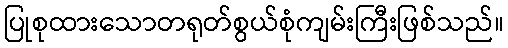
ပြုစုထားသောတရုတ်စွယ်စုံကျမ်းကြီးဖြစ်သည်။